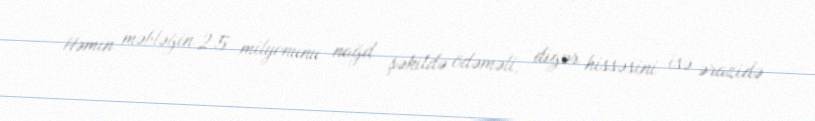
Həmin məbləğin 2.5 milyonunu nağd şəkildə ödəməli, digər hissəsini isə ərazidə